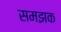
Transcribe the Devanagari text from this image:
समझक